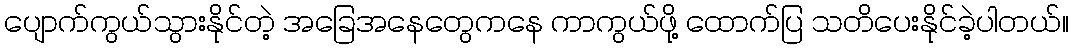
ပျောက်ကွယ်သွားနိုင်တဲ့ အခြေအနေတွေကနေ ကာကွယ်ဖို့ ထောက်ပြ သတိပေးနိုင်ခဲ့ပါတယ်။